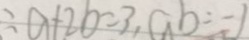
\therefore a + 2 b = 3 , a b = - 1